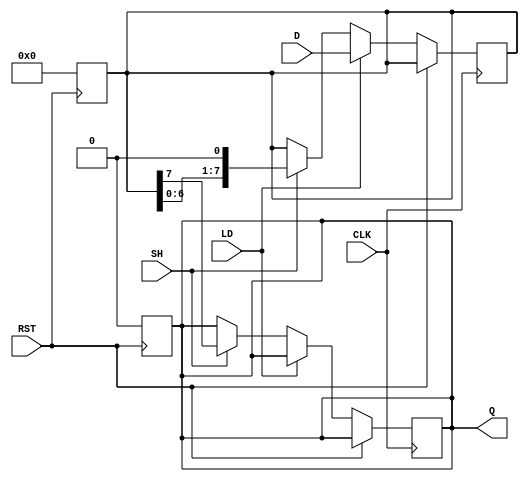
module dynamic_piso_register #(
    parameter WIDTH = 8  // Width of the register (number of bits)
)(
    input wire [WIDTH-1:0] D,   // Parallel data input
    input wire LD,               // Load control signal
    input wire SH,               // Shift control signal
    input wire CLK,              // Clock signal
    input wire RST,              // Reset signal
    output reg Q                // Serial output
);

    reg [WIDTH-1:0] shift_reg;   // Shift register to hold data

    // Asynchronous reset
    always @(posedge RST) begin
        shift_reg <= {WIDTH{1'b0}}; // Clear the register
        Q <= 1'b0;                  // Clear the output
    end

    // Load and Shift operations
    always @(posedge CLK) begin
        if (RST) begin
            // Do nothing, already handled by reset
        end else if (LD) begin
            // Load data into the shift register
            shift_reg <= D;
        end else if (SH) begin
            // Shift data out serially
            Q <= shift_reg[WIDTH-1]; // Output the MSB
            shift_reg <= {shift_reg[WIDTH-2:0], 1'b0}; // Shift left
        end
    end

endmodule